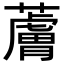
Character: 𧀴